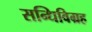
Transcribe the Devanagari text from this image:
सन्धिविग्रह